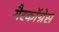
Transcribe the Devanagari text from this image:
गैरकॉग्रेस